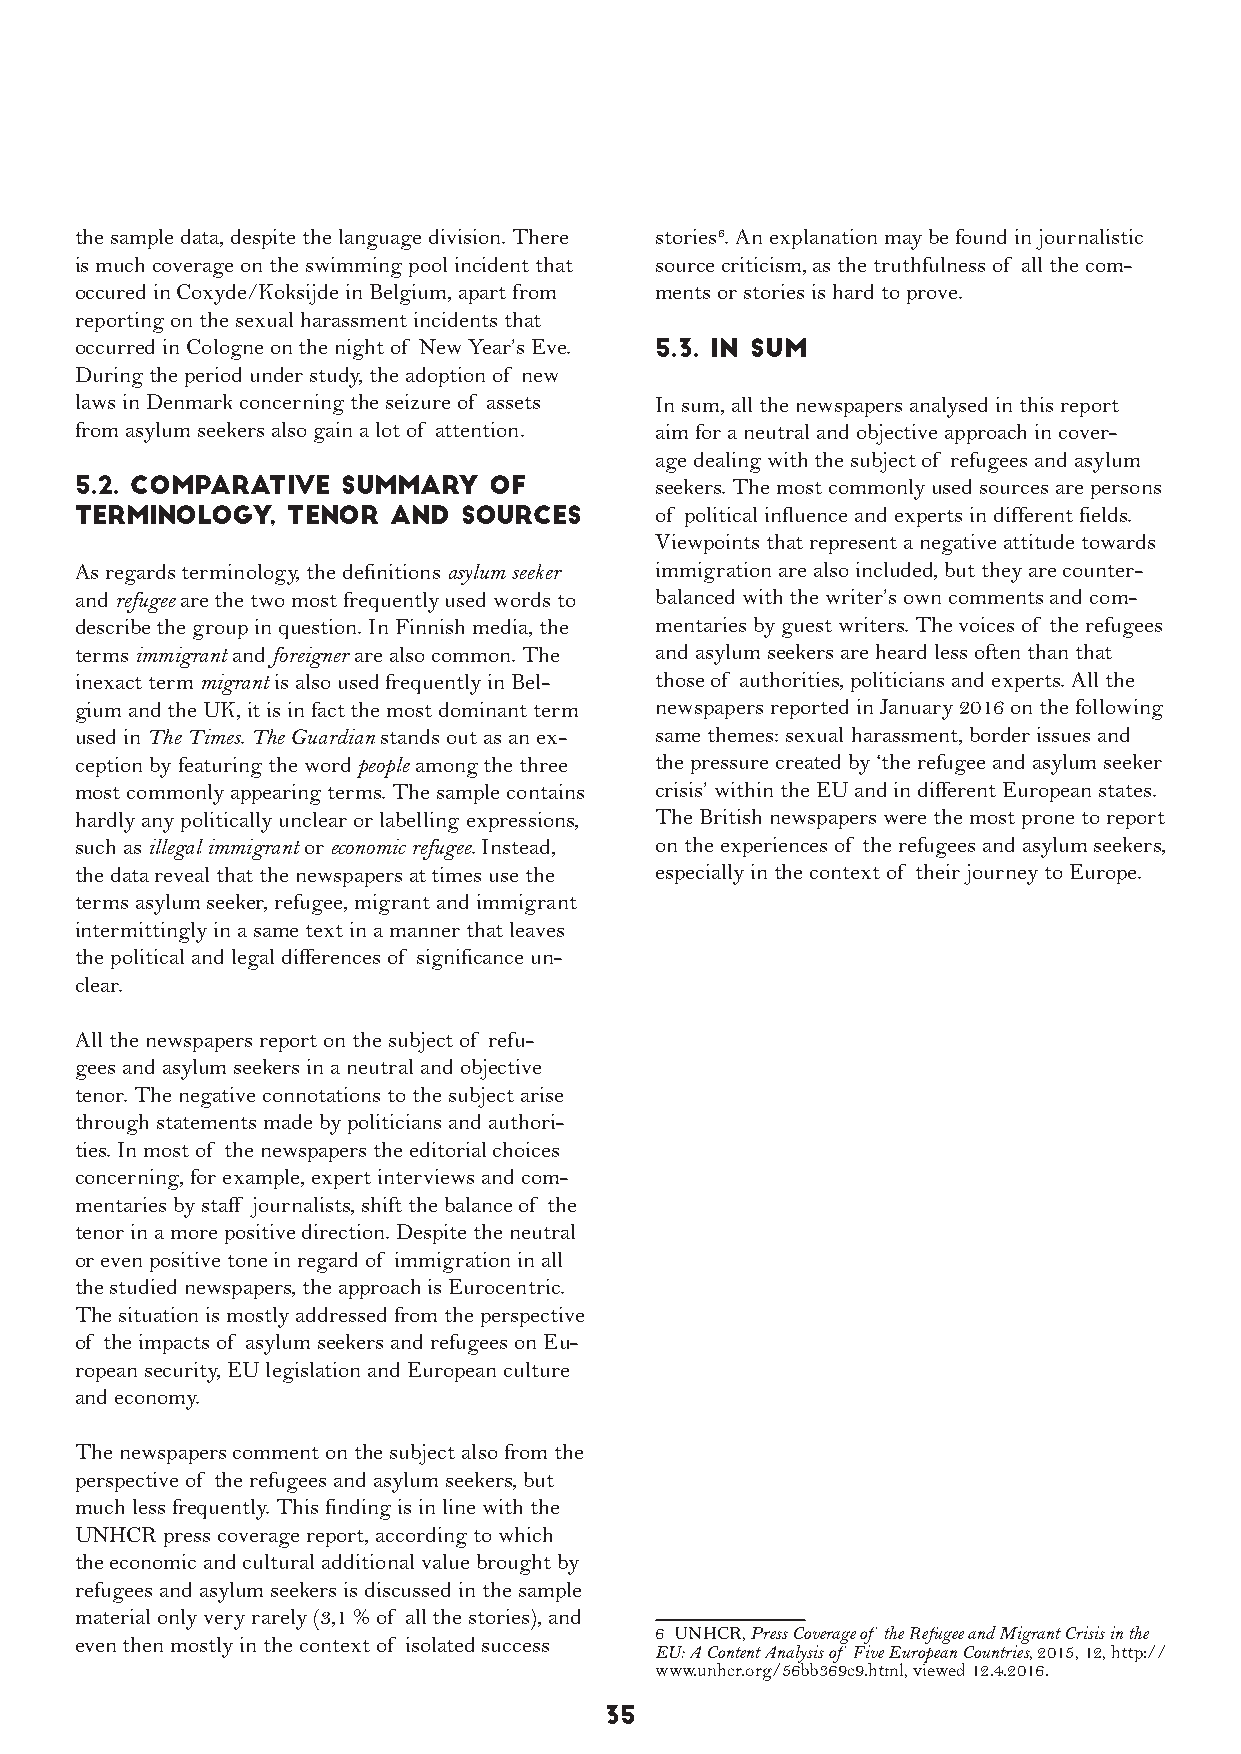
the sample data, despite the language division. There stories6. An explanation may be found in journalistic
 is much coverage on the swimming pool incident that source criticism, as the truthfulness of all the com-
 occured in Coxyde/Koksijde in Belgium, apart from ments or stories is hard to prove.
 reporting on the sexual harassment incidents that
 occurred in Cologne on the night of New Year’s Eve. 5.3. In sum
 During the period under study, the adoption of new
 laws in Denmark concerning the seizure of assets In sum, all the newspapers analysed in this report
 from asylum seekers also gain a lot of attention. aim for a neutral and objective approach in cover-
 age dealing with the subject of refugees and asylum
 5.2. Comparative  summary  of         seekers. The most commonly used sources are persons
 terminology,  tenor  and sources      of political influence and experts in different fields.
 Viewpoints that represent a negative attitude towards
 As regards terminology, the definitions asylum seeker immigration are also included, but they are counter-
 and refugee are the two most frequently used words to balanced with the writer’s own comments and com-
 describe the group in question. In Finnish media, the mentaries by guest writers. The voices of the refugees
 terms immigrant and foreigner are also common. The and asylum seekers are heard less often than that
 inexact term migrant is also used frequently in Bel- those of authorities, politicians and experts. All the
 gium and the UK, it is in fact the most dominant term newspapers reported in January 2016 on the following
 used in The Times. The Guardian stands out as an ex- same themes: sexual harassment, border issues and
 ception by featuring the word people among the three the pressure created by ‘the refugee and asylum seeker
 most commonly appearing terms. The sample contains crisis’ within the EU and in different European states.
 hardly any politically unclear or labelling expressions, The British newspapers were the most prone to report
 such as illegal immigrant or economic refugee. Instead, on the experiences of the refugees and asylum seekers,
 the data reveal that the newspapers at times use the especially in the context of their journey to Europe.
 terms asylum seeker, refugee, migrant and immigrant
 intermittingly in a same text in a manner that leaves
 the political and legal differences of significance un-
 clear.
 All the newspapers report on the subject of refu-
 gees and asylum seekers in a neutral and objective
 tenor. The negative connotations to the subject arise
 through statements made by politicians and authori-
 ties. In most of the newspapers the editorial choices
 concerning, for example, expert interviews and com-
 mentaries by staff journalists, shift the balance of the
 tenor in a more positive direction. Despite the neutral
 or even positive tone in regard of immigration in all
 the studied newspapers, the approach is Eurocentric.
 The situation is mostly addressed from the perspective
 of the impacts of asylum seekers and refugees on Eu-
 ropean security, EU legislation and European culture
 and economy.
 The newspapers comment on the subject also from the
 perspective of the refugees and asylum seekers, but
 much less frequently. This finding is in line with the
 UNHCR press coverage report, according to which
 the economic and cultural additional value brought by
 refugees and asylum seekers is discussed in the sample
 material only very rarely (3,1 % of all the stories), and
 6 UNHCR, Press Coverage of the Refugee and Migrant Crisis in the
 even then mostly in the context of isolated success
 EU: A Content Analysis of Five European Countries, 2015, 12, http://
 www.unhcr.org/56bb369c9.html, viewed 12.4.2016.
 35